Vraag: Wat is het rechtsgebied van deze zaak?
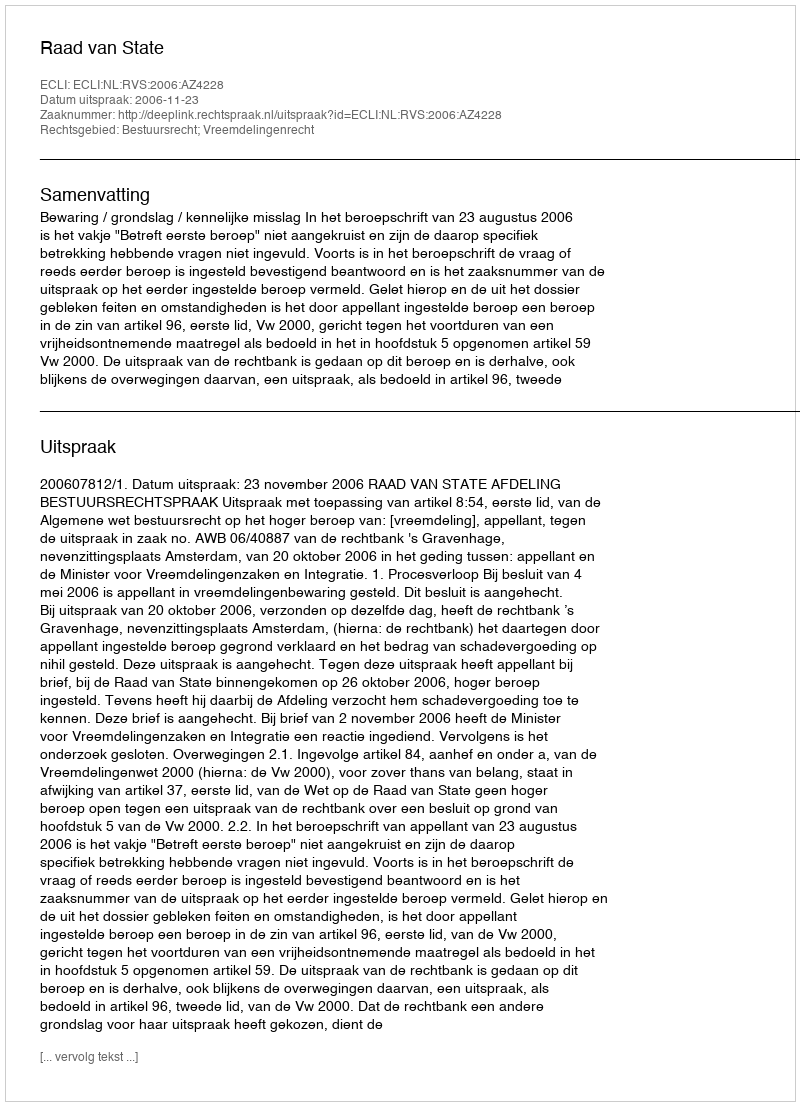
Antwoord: Bestuursrecht; Vreemdelingenrecht